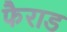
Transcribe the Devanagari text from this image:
फैराड